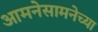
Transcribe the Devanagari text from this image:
आमनेसामनेच्या